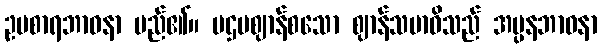
ဥပစာရဘာဝနာ မည်၏။ ပဌမဈာန်စသော ဈာန်သမာဓိသည် အပ္ပနဘာဝနာ